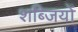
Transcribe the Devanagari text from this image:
शब्जियों